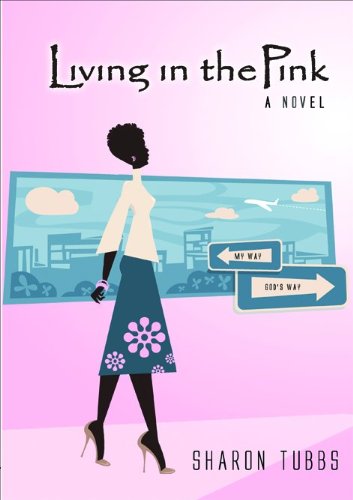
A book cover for Living in the Pink; Sharon Tubbs; Christian Books & Bibles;